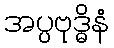
အပ္ပဗုဒ္ဓိနံ